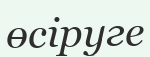
өсіруге